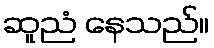
ဆူညံ နေသည်။